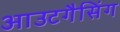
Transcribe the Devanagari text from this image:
आउटगैसिंग